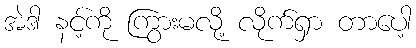
အဲဒါ နင့်ကို ကြွားမလို့ လိုက်ရှာ တာပေါ့